Report on the cultivation and use of ganja
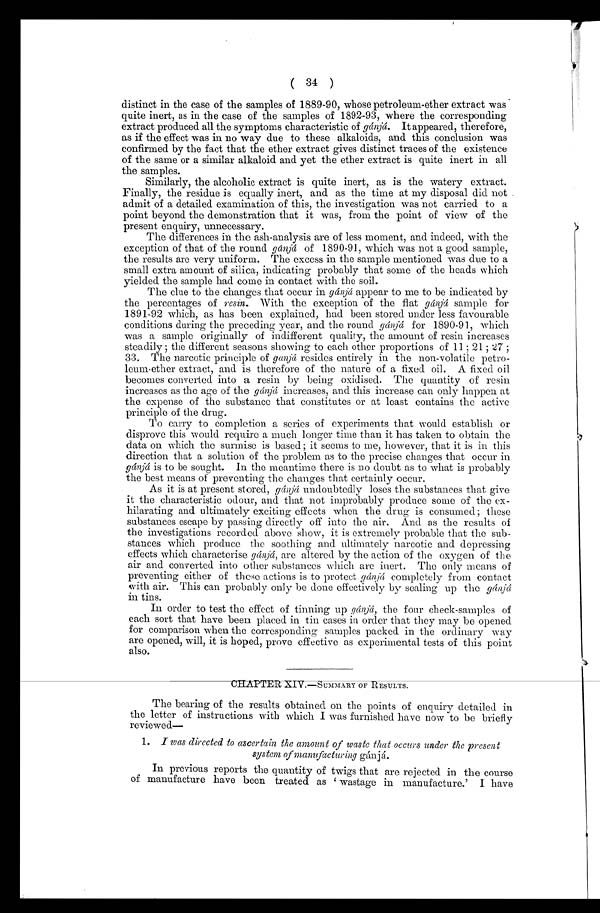
( .34 )
distinct in the case of the samples of 1889-90, whose petroleum-ether extract was
quite inert, as in the case of the samples of 1892-93, where the corresponding
extract produced all the symptoms characteristic of gánjá. It appeared, therefore,
as if the effect was in no way due to these alkaloids, and this conclusion was
confirmed by the fact that the ether extract gives distinct traces of the existence
of the same or a similar alkaloid and yet the ether extract is quite inert in all
the samples.
Similarly, the alcoholic extract is quite inert, as is the watery extract.
Finally, the residue is equally inert, and as the time at my disposal did not
admit of a detailed examination of this, the investigation was not carried to a
point beyond the demonstration that it was, from the point of view of the
present enquiry, unnecessary.
The differences in the ash-analysis are of less moment, and indeed, with the
exception of that of the round gánjá of 1890-91, which was not a good sample,
the results are very uniform. The excess in the sample mentioned was due to a
small extra amount of silica, indicating probably that some of the heads which
yielded the sample had. come in contact with the soil.
The clue to the changes that occur in gánjá appear to me to be indicated by
the percentages of resin. With the exception of the flat gánjá sample for
1891-92 which, as has been explained, had been stored under less favourable
conditions during the preceding year, and the round gánjá for 1890-91, which
was a sample originally of indifferent quality, the amount of resin increases
steadily ; the different seasons showing to each other proportions of 11 ; 21 ; 27
33. The narcotic principle of ganjá resides entirely in the non-volatile petro-
leum-ether extract, and is therefore of the nature of a fixed oil. A fixed oil
becomes converted into a resin by being oxidised. The quantity of resin
increases as the age of the gándá increases, and this increase can only happen at
the expense of the substance that constitutes or at least contains the active
principle of the drug.
To carry to completion a series of experiments that would establish or
disprove this would require a much longer time than it has taken to obtain the
data on which the surmise is based; it seems to me, however, that it is in this
direction that a solution of the problem as to the precise changes that occur in
gánjá is to be sought. In the meantime there is no doubt as to what is probably
the best means of preventing the changes that certainly occur.
As it is at present stored, gánjá undoubtedly loses the substances that give
it the characteristic odour, and that not improbably produce some of the ex-
hilarating and ultimately exciting effects when the drug is consumed; these
substances escape by passing directly off into the air. And as the results of
the investigations recorded above show, it is extremely probable that the sub-
stances which produce the soothing and ultimately narcotic and depressing
effects which characterise gánjá, are altered by the action of the oxygen of the
air and converted into other substances which are inert. The only means of
preventing either of these actions is to protect gánjá completely from contact
with air. This can probably only be done effectively by sealing up the gánjá
in tins.
In order to test the effect of tinning up gánjá, the four check-samples of
each sort that have been placed in tin cases in order that they may be opened
for comparison when the corresponding samples packed in the ordinary way
are opened, will, it is hoped, prove effective as experimental tests of this point
also.
U M M A R Y O F R E S U L T S .
The bearing of the results obtained on the points of enquiry detailed in
the letter of instructions with which I was furnished have now to be briefly
reviewed
—
1. I was directed to ascertain the amount of waste that occurs under the present
system of manufacturing gánjá.
In previous reports the quantity of twigs that are rejected in the course
of manufacture have been treated as 'wastage in manufacture.' I have